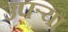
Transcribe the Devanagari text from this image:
उपर्‍या